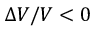
\Delta V / V < 0